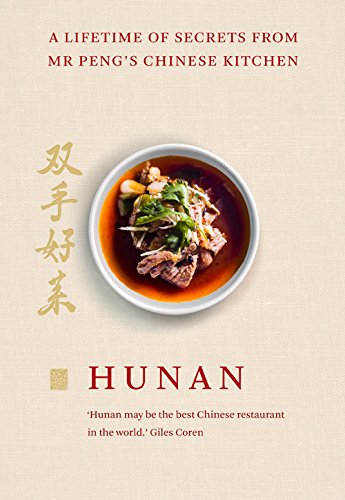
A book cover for Hunan: A Lifetime of Secrets from Mr PengEEs Chinese Kitchen; Mr Peng; Cookbooks, Food & Wine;